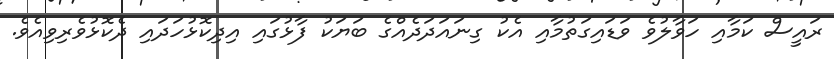
ރައީސް ކަމާއި ހަވާލުވެ ވަޑައިގަތުމާއި އެކު ގިނައަދަދެއްގެ ބަޔަކު ފާޅުގައި އިދިކޮޅުހަދައި ދެކޮޅުވެރިވިއެވެ.